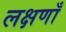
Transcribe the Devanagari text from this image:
लक्षणाँ